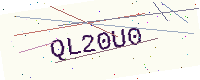
Text: QL20U0